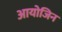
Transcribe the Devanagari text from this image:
आयोजिन